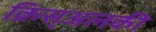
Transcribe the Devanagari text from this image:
क्रिस्अलकी